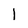
Character: l